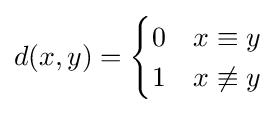
d(x,y)={\begin{cases}0&x\equiv y\\1&x\not \equiv y\end{cases}}